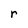
Character: r